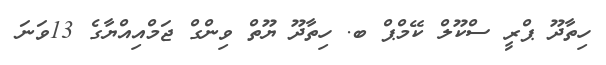
ހިތާދޫ ޕްރީ ސްކޫލް ކޭމްޕް ބ. ހިތާދޫ ޔޫތް ވިންގް ޖަމްއިއްޔާގެ 13ވަނަ